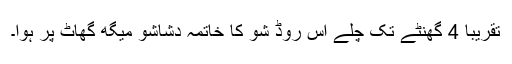
تقریباً 4 گھنٹے تک چلے اس روڈ شو کا خاتمہ دشاشو میگھ گھاٹ پر ہوا۔